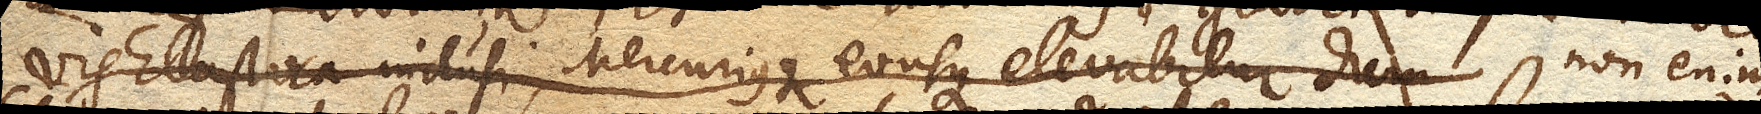
vis Elastica inclusi, Mercuriusque eousque elevabitur dum non enim